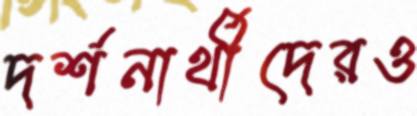
দর্শনার্থীদেরও